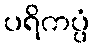
ပရိကပ္ပံ